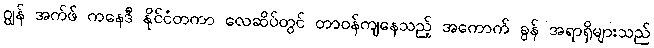
ဂျွန် အက်ဖ် ကနေဒီ နိုင်ငံတကာ လေဆိပ်တွင် တာဝန်ကျနေသည့် အကောက် ခွန် အရာရှိများသည်